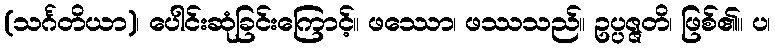
(သင်္ဂတိယာ)၊ ပေါင်းဆုံခြင်းကြောင့်။ ဖဿော၊ ဖဿသည်။ ဥပ္ပဇ္ဇတိ၊ ဖြစ်၏။ ပ၊